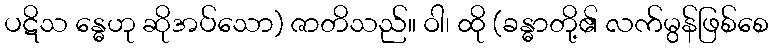
ပဋိသ န္ဓေဟု ဆိုအပ်သော) ဇာတိသည်။ ဝါ၊ ထို (ခန္ဓာတို့၏ လက်မွန်ဖြစ်စေ